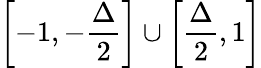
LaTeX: \left[-1,-\frac{\Delta}{2}\right]\cup\left[\frac{\Delta}{2},1\right]